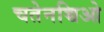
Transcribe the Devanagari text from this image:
चतेनच्चिओ